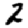
Digit: 2